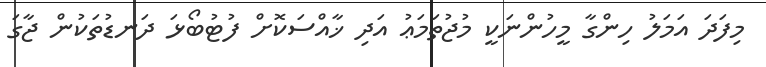
މިފަދަ އަމަލު ހިންގާ މީހުންނަކީ މުޖުތަމަޢު އަދި ޚާއްސަކޮށް ފުޓުބޯޅަ ދަނޑުތަކުން ޖާގަ